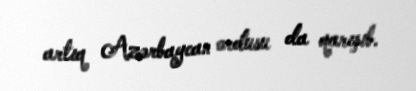
artıq Azərbaycan ordusu da qarışıb.